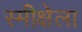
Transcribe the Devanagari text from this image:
स्मीक्षेला